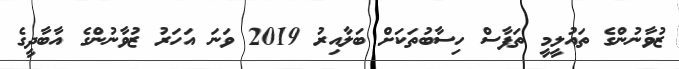
ޒުވާނުންގެ ތައުލީމީ ތަފާސް ހިސާބުތަކަށް ބަލާއިރު 2019 ވަނަ އަހަރު ޒުވާނުންގެ އާބާދީގެ